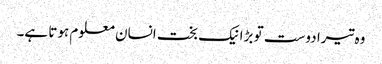
وہ تیرا دوست تو بڑا نیک بخت انسان معلوم ہوتا ہے۔